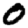
Digit: 0